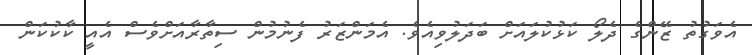
އެވަގުތު ޒޭންގެ ދެލޯ ކަޅުކުލައަށް ބަދަލުވިއެވެ. އެމަންޒަރު ފެނުމުން ސިތާރާއަށްވެސް އެއީީ ކާކުކަން